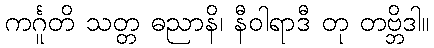
ကင်္ဂူတိ သတ္တ ဓညာနိ၊ နီဝါရာဒီ တု တဗ္ဘိဒါ။